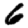
Digit: 6